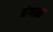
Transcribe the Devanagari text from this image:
बंगाळ